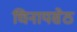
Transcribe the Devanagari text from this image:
चिनायसेठ